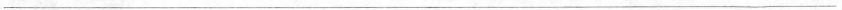
___